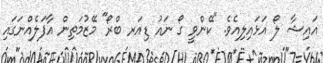
އައިޝާ ލޯ އަޅައިލިއެވެ. "ކޭންވީ ގޯ ނައު ޑިއަރ ބްރޯ" މޭޒުމަތިން އާފަލެއްނަގައި